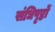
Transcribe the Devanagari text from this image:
संधिपृष्ठों